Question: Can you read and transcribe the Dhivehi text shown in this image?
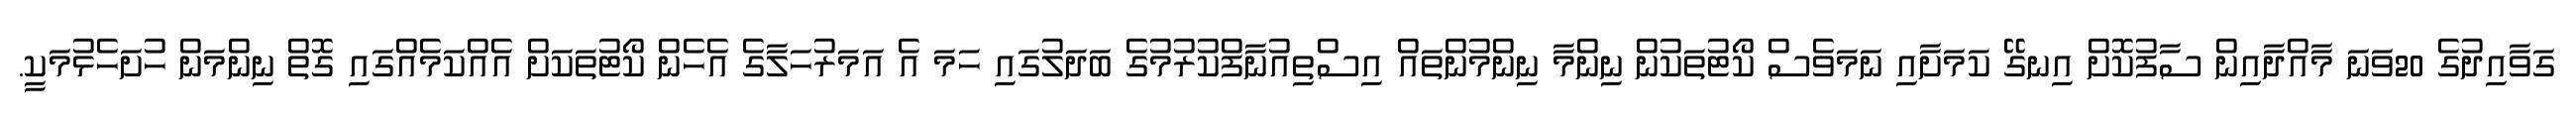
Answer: ގަވާއިދުގެ 20ވަނަ މާއްދާއިން ސާފުކޮށް އިނގޭ ކަމަށާއި ނަމަވެސް ކޯޓުތަކުން ނިންމާ ނިންމުންތައް އިސްތިއުނާފްކުރުމުގެ ބަދަލުގައި ހަމަ އެ އަމަރުހަލާގެ އެހެން ކޯޓުތަކަށް އެއްކަމެއްގައި ގޮތް ނިންމަން ހުށަހެޅުމަކީ.